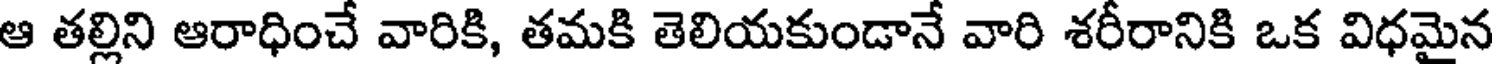
ఆ తల్లిని ఆరాధించే వారికి, తమకి తెలియకుండానే వారి శరీరానికి ఒక విధమైన